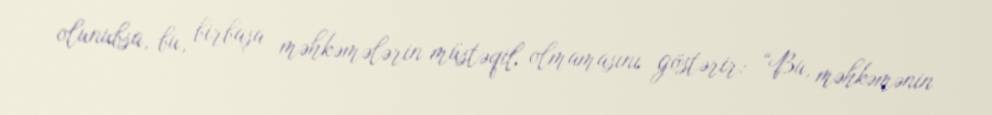
olunubsa, bu, birbaşa məhkəmələrin müstəqil olmamasını göstərir: “Bu, məhkəmənin